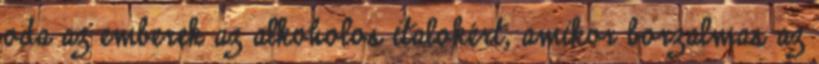
oda az emberek az alkoholos italokért, amikor borzalmas az